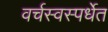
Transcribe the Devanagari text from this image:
वर्चस्वस्पर्धेत